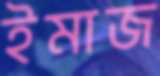
ইমাজ